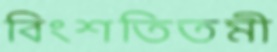
বিংশতিতমী